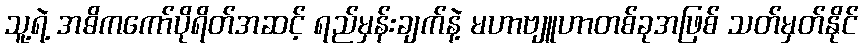
သူ့ရဲ့ အဓိကကော်ပိုရိတ်အဆင့် ရည်မှန်းချက်နဲ့ မဟာဗျူဟာတစ်ခုအဖြစ် သတ်မှတ်နိုင်